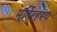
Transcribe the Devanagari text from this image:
मूर्तिरहस्य